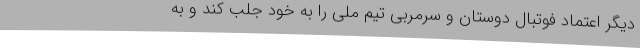
دیگر اعتماد فوتبال دوستان و سرمربی تیم ملی را به خود جلب کند و به